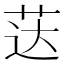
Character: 荙